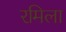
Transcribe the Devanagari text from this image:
रमिला